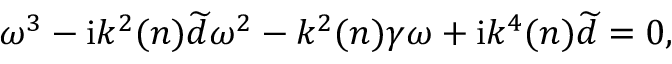
\omega ^ { 3 } - \mathrm { i } k ^ { 2 } ( n ) \widetilde { d } \omega ^ { 2 } - k ^ { 2 } ( n ) \gamma \omega + \mathrm { i } k ^ { 4 } ( n ) \widetilde { d } = 0 ,